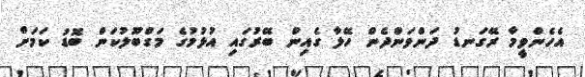
އެހެންވީމާ ރޭގަނޑު ދަންވަންދެން ހޭލާ ގެއިން ބޭރުގައި އުޅުމުގެ މަގްބޫލުކަން ބޮޑު ކަމަށް